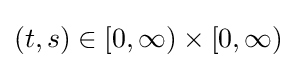
(t,s)\in [0,\infty )\times [0,\infty )